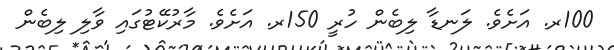
100ރ. އަށެވެ. ލަނޑާ ލިބެން ހުރީ 150ރ. އަށެވެ. މާރުކޭޓުގައި ވާލި ލިބެން